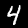
Digit: 4